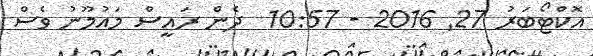
އޮކްޓޯބަރު 27